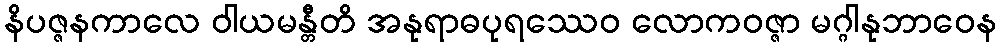
နိပဇ္ဇနကာလေ ဝါယမန္တီတိ အနုရာဓပုရဿေဝ လောကဝဇ္ဇာ မဂ္ဂါနုဘာဝေန